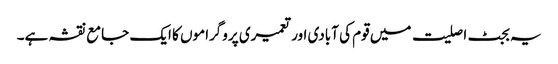
یہ بجٹ اصلیت میں قوم کی آبادی اور تعمیری پروگراموں کا ایک جامع نقشہ ہے۔